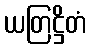
ယတြဋ္ဌိတံ